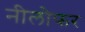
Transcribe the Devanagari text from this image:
नीलोफर